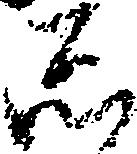
し